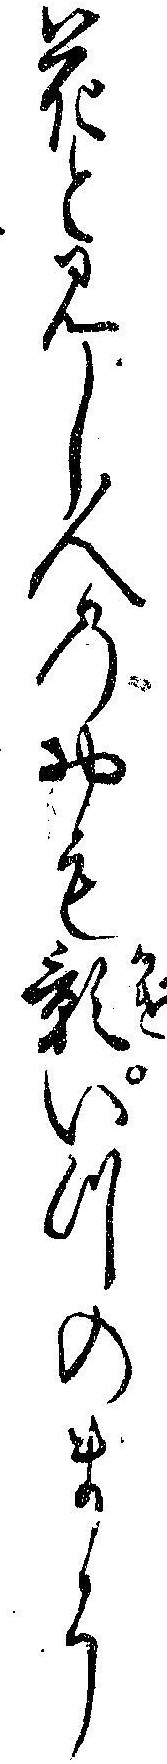
花と見し人のおも影いつのまに